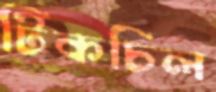
টিকচিল